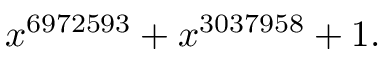
x ^ { 6 9 7 2 5 9 3 } + x ^ { 3 0 3 7 9 5 8 } + 1 .